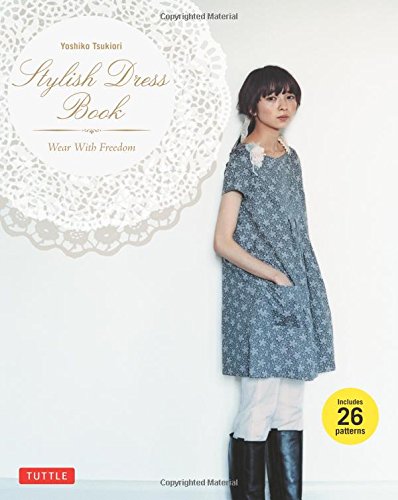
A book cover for Stylish Dress Book: Wear with Freedom; Yoshiko Tsukiori; Crafts, Hobbies & Home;